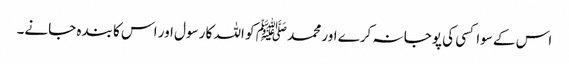
اس کے سوا کسی کی پوجا نہ کرے اور محمد ﷺ کو اللہ کا رسول اور اس کا بندہ جانے۔